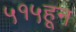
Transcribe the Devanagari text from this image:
५१५हून